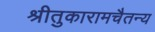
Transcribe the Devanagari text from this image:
श्रीतुकारामचैतन्य